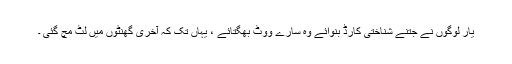
یار لوگوں نے جتنے شناختی کارڈ بنوائے وہ سارے ووٹ بُھگتائے ، یہاں تک کہ آخری گھنٹوں میں لُٹ مچ گئی ۔